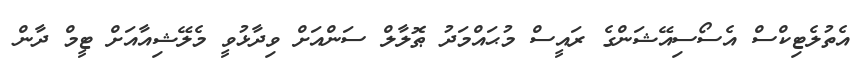
އެތުލެޓިކްސް އެސޯސިއޭޝަންގެ ރައީސް މުޙައްމަދު ޠޮލާލް ސަންއަށް ވިދާޅުވީ މެލޭޝިއާއަށް ޓީމް ދާން